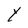
Character: Y